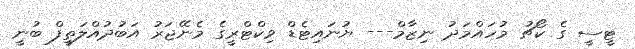
ޓީސީ ގެ ކޯޗު މުހައްމަދު ނިޒާމް--- ޔުނައިޓެޑް ވިކްޓްރީގެ މެނޭޖަރު އަބުދުއްލަތީފް ބުނީ